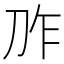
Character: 𱐗